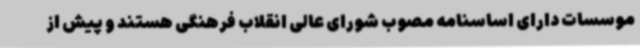
موسسات دارای اساسنامه مصوب شورای عالی انقلاب فرهنگی هستند و پیش از